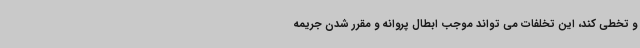
و تخطی کند، این تخلفات می تواند موجب ابطال پروانه و مقرر شدن جریمه